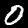
Label: 0